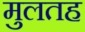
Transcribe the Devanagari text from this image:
मुलतह